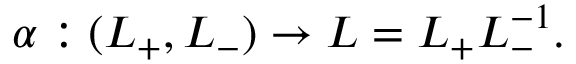
\alpha : ( L _ { + } , L _ { - } ) \rightarrow L = L _ { + } L _ { - } ^ { - 1 } .